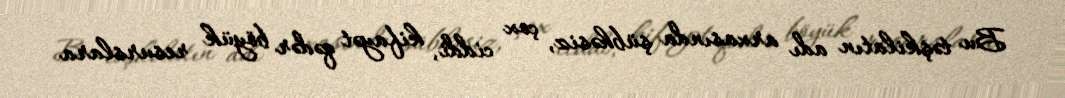
Bu təşkilatın adı arxasında şübhəsiz, çox ciddi, kifayət qədər böyük resurslara